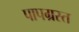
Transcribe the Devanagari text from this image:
पापग्रस्त